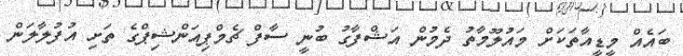
ބައެއް މީޑީއާތަކަށް މައުލޫމާތު ދެމުން އަޝްފާގު ބުނީ ސާފް ޗެމްޕިއަންޝިޕްގެ ތަށި އުފުލާލަން